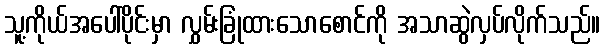
သူ့ကိုယ်အပေါ်ပိုင်းမှာ လွှမ်းခြုံထားသောစောင်ကို အသာဆွဲလှပ်လိုက်သည်။